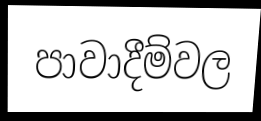
පාවාදීම්වල